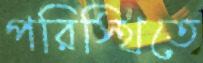
পরিস্থিতে